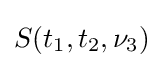
S(t_{1},t_{2},\nu _{3})